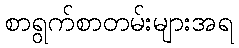
စာရွက်စာတမ်းများအရ